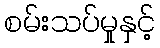
စမ်းသပ်မှုနှင့်